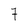
Character: 7